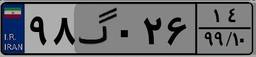
۹۸گ۰۲۶۱۴